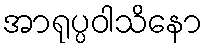
အာရုပ္ပဝါသိနော